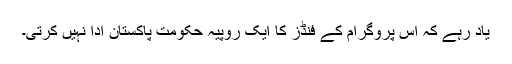
یاد رہے کہ اس پروگرام کے فنڈز کا ایک روپیہ حکومت پاکستان ادا نہیں کرتی۔